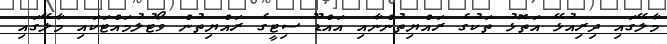
މާލޭގައި ދިރިއުޅޭ އަތޮޅު ތަކުގެ ރައްޔިތުންނާއި އައްޑޫ ސިޓީގެ ރައްޔިތުން ވޯޓުލުމައްޓަކައި މާލޭގައި